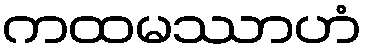
ကထမဿာဟံ